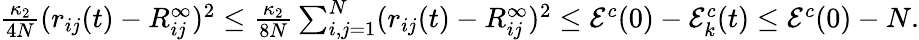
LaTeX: \begin{array}{r}{\frac{\kappa_{2}}{4N}(r_{ij}(t)-R_{ij}^{\infty})^{2}\leq\frac{\kappa_{2}}{8N}\sum_{i,j=1}^{N}(r_{ij}(t)-R_{ij}^{\infty})^{2}\leq\mathcal{E}^{c}(0)-\mathcal{E}_{k}^{c}(t)\leq\mathcal{E}^{c}(0)-N.}\end{array}